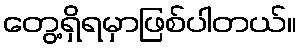
တွေ့ရှိရမှာဖြစ်ပါတယ်။